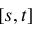
[ s , t ]